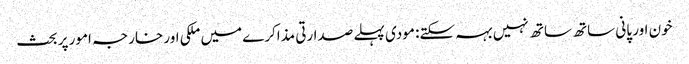
خون اور پانی ساتھ ساتھ نہیں بہہ سکتے: مودی	 پہلے صدارتی مذاکرے میں ملکی اور خارجہ امور پر بحث